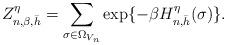
LaTeX: \begin{align*}Z^{\eta}_{n,\beta,\bar{h}}=\sum_{\sigma\in \Omega_{V_n}}\exp\{-\beta H^{\eta}_{n,\bar{h}}(\sigma)\}.\end{align*}